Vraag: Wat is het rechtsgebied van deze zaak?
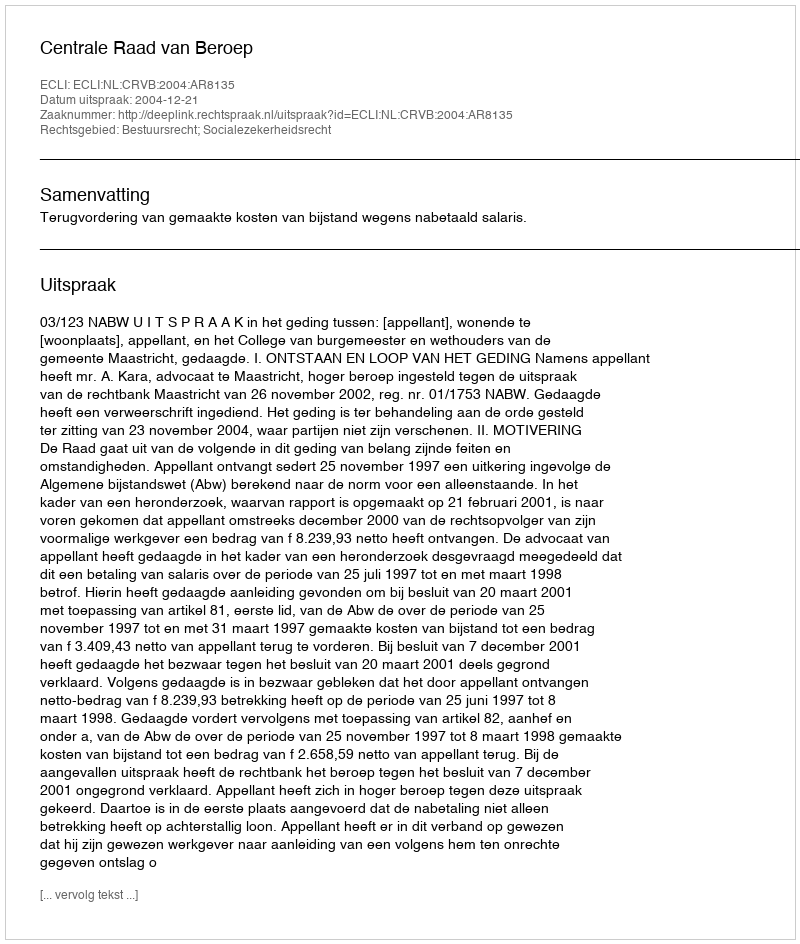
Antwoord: Bestuursrecht; Socialezekerheidsrecht